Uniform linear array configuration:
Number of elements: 64
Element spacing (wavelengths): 0.25
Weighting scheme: uniform
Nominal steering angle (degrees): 45
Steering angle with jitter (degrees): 44.107
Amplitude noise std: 0.05
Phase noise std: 0.05

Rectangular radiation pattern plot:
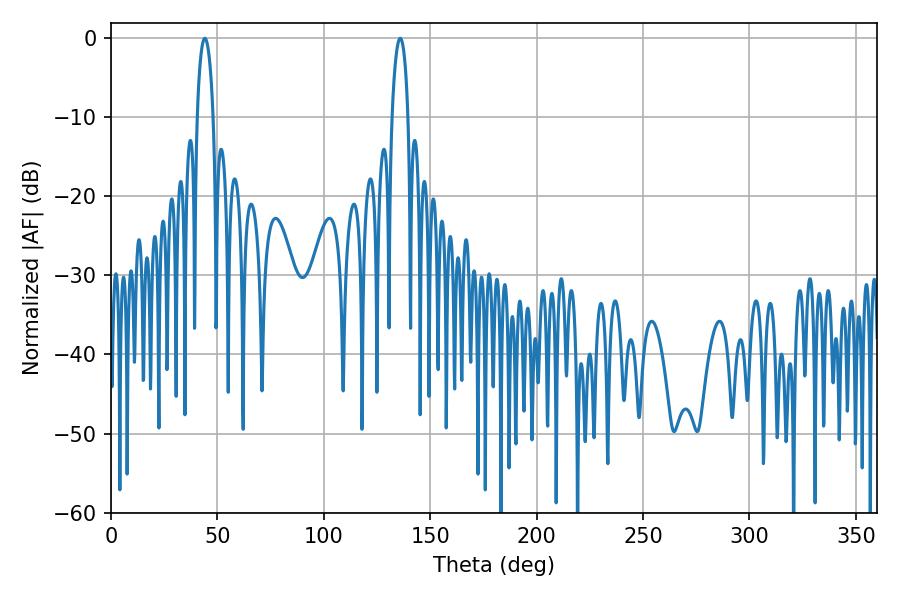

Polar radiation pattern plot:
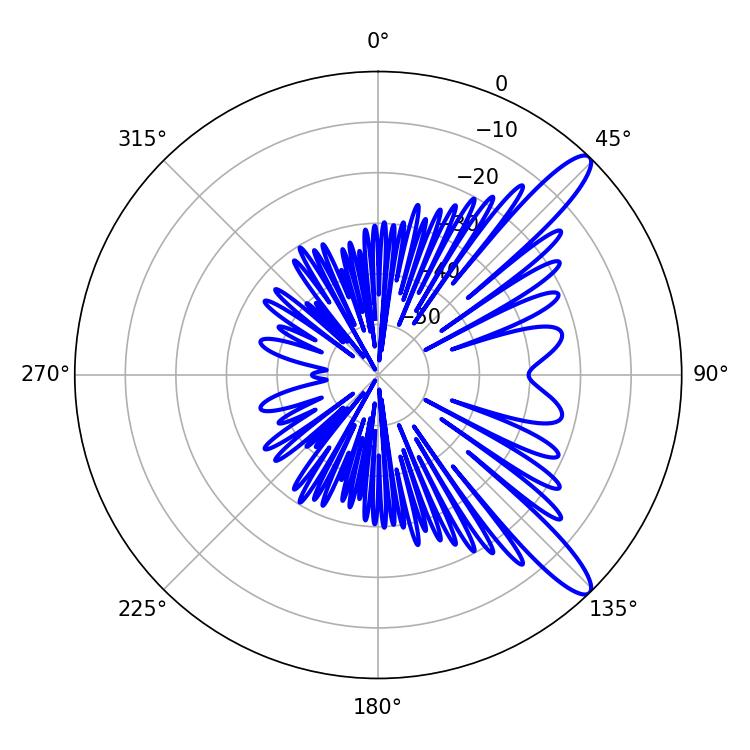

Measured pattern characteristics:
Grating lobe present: FALSE
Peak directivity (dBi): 12.175
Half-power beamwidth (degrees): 4.32
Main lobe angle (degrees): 135.9